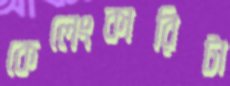
কেলেংকারিটা